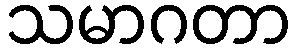
သမာဂတာ